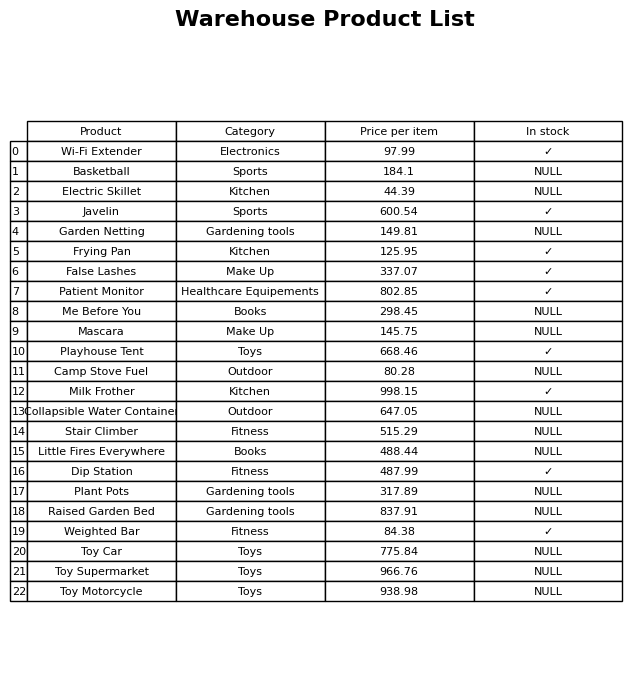
question: What is the price of the Dip Station?
answer: The price of Dip Station is 487.99.